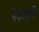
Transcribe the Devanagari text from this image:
ऐकायची